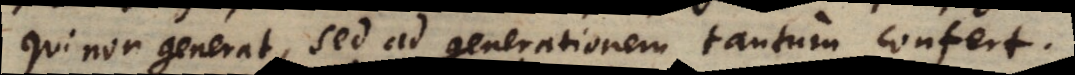
qui non generat, sed ad generationem tantum confert.